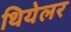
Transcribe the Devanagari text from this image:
थियेलर